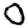
Digit: 0